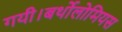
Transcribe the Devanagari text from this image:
गयी।बर्थोलोमियस